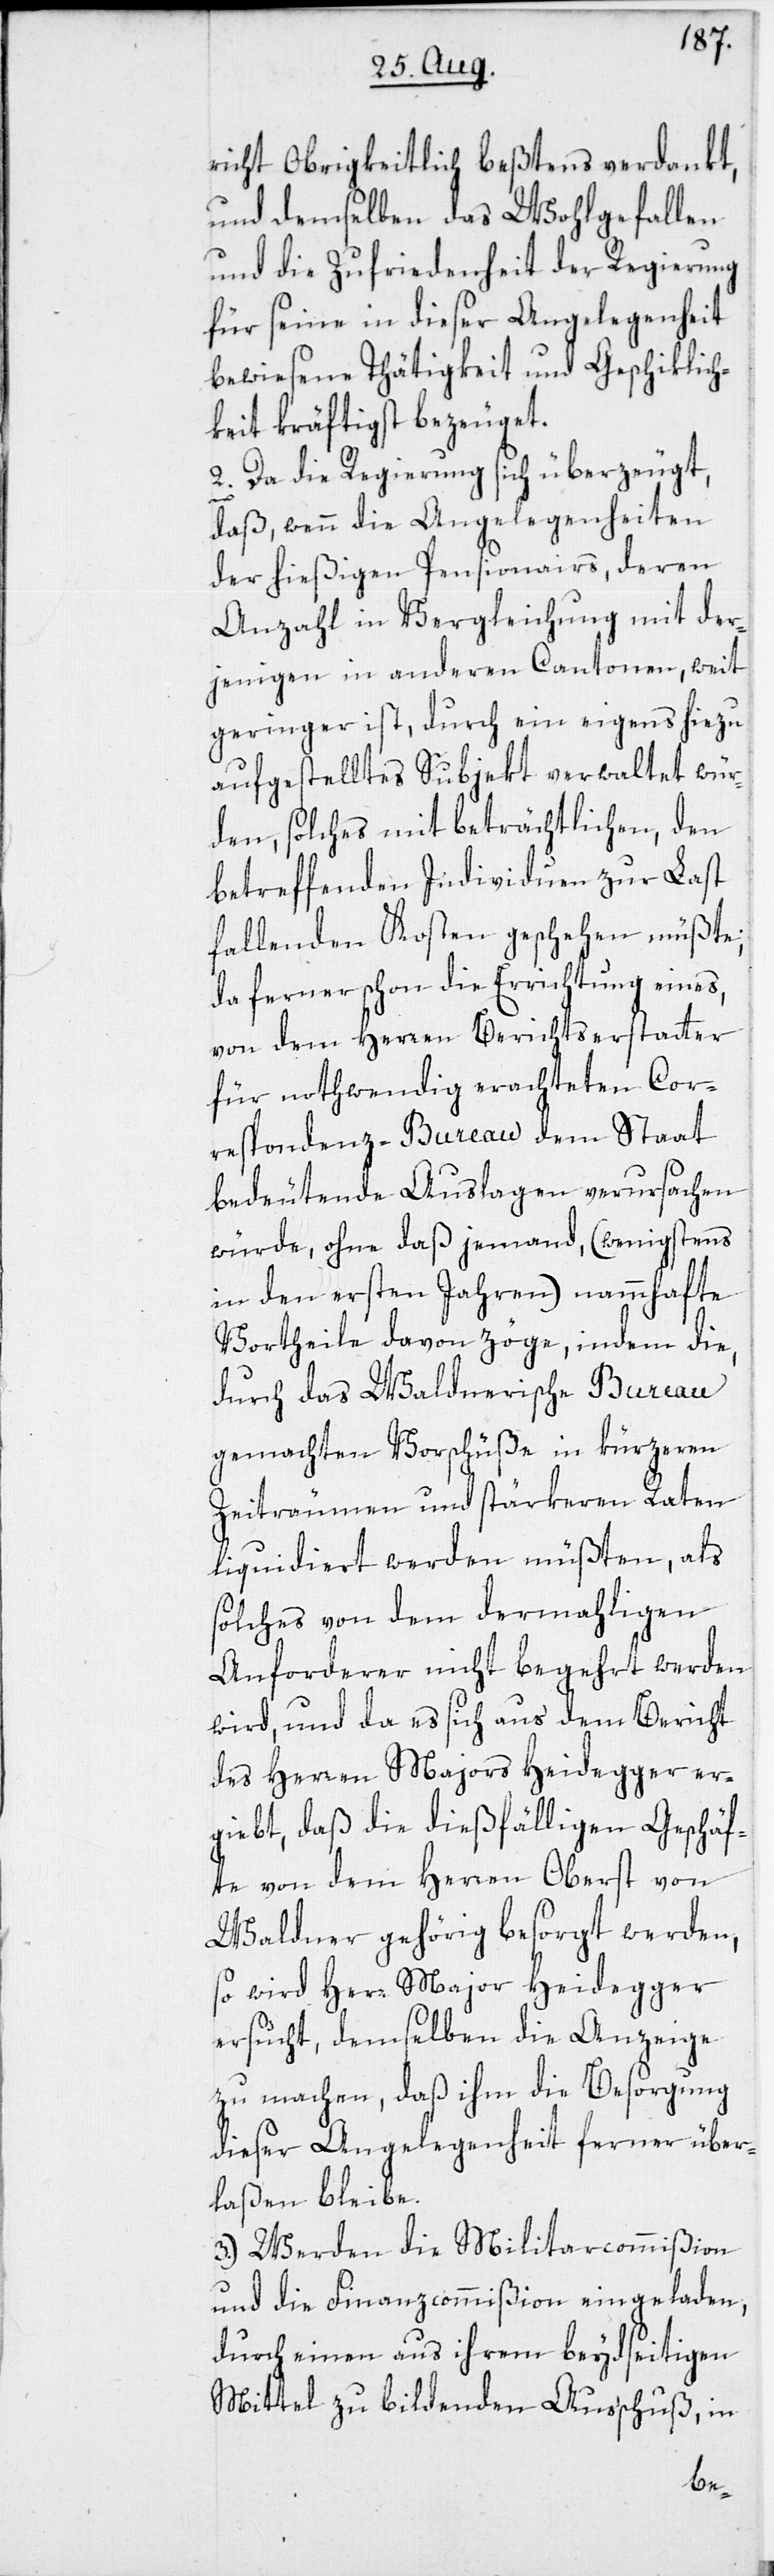
richt Obrigkeitlich beßtens verdankt,
und demselben das Wohlgefallen
und die Zufriedenheit der Regierung
für seine in dieser Angelegenheit
bewiesene Thätigkeit und Geschiklich¬
keit kräftigst bezeuget.
2.) Da die Regierung sich überzeugt,
daß, wenn die Angelegenheiten
der hießigen Pensionairs, deren
Anzahl in Vergleichung mit der¬
jenigen in anderen Cantonen, weit
geringer ist, durch ein eigens hiezu
aufgestelltes Subjekt verwaltet wür¬
den, solches mit beträchtlichen, den
betreffenden Individuen zur Last
fallenden Kosten geschehen müßte;
da ferner schon die Errichtung eines,
von dem Herren Berichtserstatter
für nothwendig erachteten Cor¬
respondenz-Bureau dem Staat
bedeutende Auslagen verursachen
würde, ohne daß jemand, (wenigstens
in den ersten Jahren) nammhafte
Vortheile davon zöge, indem die,
durch das Waldnerische Bureau
gemachten Vorschüße in kürzeren
Zeiträumen und stärkeren Raten
liquidiert werden müßten, als
solches von dem dermahligen
Anforderer nicht begehrt werden
wird, und da es sich aus dem Bericht
des Herren Majors Heidegger er¬
giebt, daß die dießfälligen Geschäf¬
te von dem Herren Oberst von
Waldner gehörig besorgt werden,
so wird Herr Major Heidegger
ersucht, demselben die Anzeige
zu machen, daß ihm die Besorgung
dieser Angelegenheit ferner über¬
laßen bleibe.
3.) Werden die Militarcommißion
und die Finanzcommißion eingeladen,
durch einen aus ihrem beydseitigen
Mittel zu bildenden Ausschuß, in